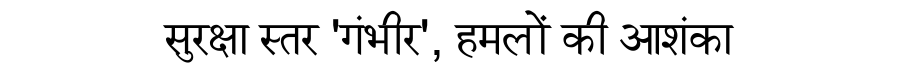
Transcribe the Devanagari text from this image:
सुरक्षा स्तर 'गंभीर', हमलों की आशंका